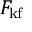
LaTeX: F _ { \mathrm { k f } }